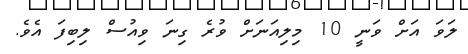
ލަވަ އަށް ވަނީ 10 މިލިއަނަށް ވުރެ ގިނަ ވިއުސް ލިބިފަ އެވެ.